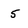
Character: 5